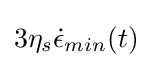
3\eta _{s}{\dot {\epsilon }}_{min}(t)